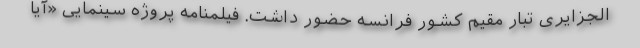
الجزایری تبار مقیم کشور فرانسه حضور داشت. فیلمنامه پروژه سینمایی «آیا